Lunatic asylums United Provinces 1909-1921 - 1909-1921
Year: 1909
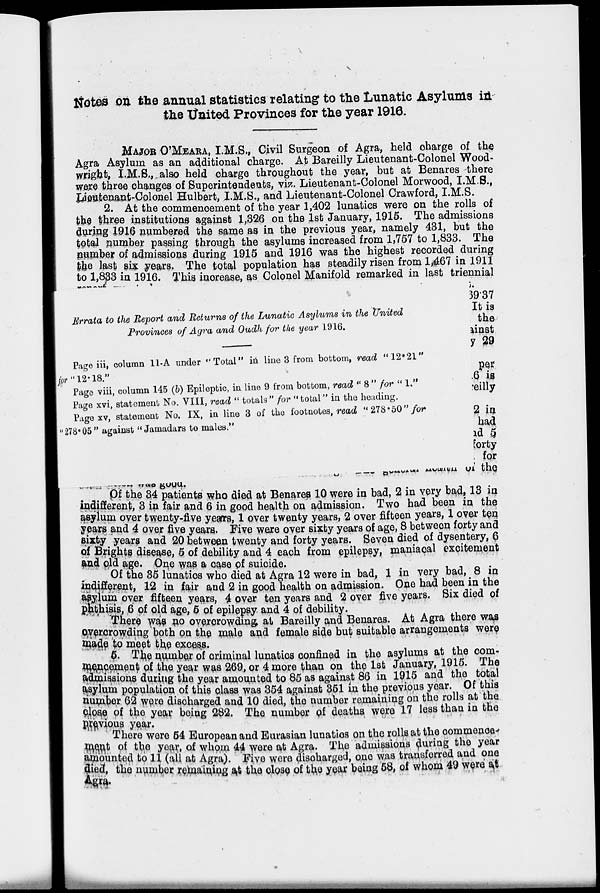
Notes on the annual statistics relating to tlie Lunatic Asylums ill
the "tfnitea Provinces for tlie year 1916.
MAJOB O'MEAEA, I.M.S., Civil Surgeon of Agra, held charge of the
Agra Asylum as an additional charge. At Bareilly Lieutenant-Colonel Wood-
wright, I.M.S., also held charge throughout the year, but at Benares there
we*e three changes of Superintendents, viz. Lieutenant-Colonel Morwood, I.M.B.,
Lieutenant-Colonel Hulbert, I.M.S., and Lieutenant-Colonel Crawford, I.M.b.
2. At the oommenoement of the year 1,402 lunatics were on the rolls oi
the tee institutions against 1,326 on the 1st January, 1915. The admissions
during 1916 numbered the same as in the previous year, namely 431, but the
total number passing through the asylums increased from 1,757 to l,QDp. -Lna
number of admissions during 1915 and 1916 was the highest recorded .during
the last six years. The total population has steadily risen from 1467 in 1J11
to 1,833 in 1916. This increase, as Colonel Manifold remarked in last triennial
\
Errata to the Report and Returns of the Lunatic Asylums in the "United
Provinces of Agra and Oudh for the year 1916.
Page iii, column 11-A under "Total" in line 3 from bottom, read "12*21"
|/or"12'18."
Page viii, column 145 (6) Epileptic, in line 9 from bottom, read " 8 " for " 1."
Page xvi, statement No. VIII, read " totals" for "total" in the heading.
Page xv, statement No. IX, in line 3 of the footnotes, read " 278*50" for
"278 c 05" against " Jamadars to males."
—,r P w *i** *j.wcwiyu
3937
It is
the
linst
y 39
pe*
.6 is
reilly
2 in
ha,d
ad §
forty
. for
ui ! the.
pf the 34 patients who died at Benares 10 were in bad, 2 in very bad, 13 m
indifferent, 3 in fair and 6 in good health on admission. Two had been in the
asylum over twenty-five years, 1 over twenty years, 2 over fifteen years, 1 over ten
years and 4 over five years. Five were over sixty years of ag;e, 8 between forty and
sixty years and 20 between twenty and forty years. Seven died of dysentery, (p,
of Brights disease, 5 of debility and 4 each from epilepsy, mamaoal excitement
and pld age. One was a case pf suicide.
, ,
.
Of the 35 lunatios who died at Agra 12 were in bad, 1 in very bad, 8 in
indifferent, 12 in fair and 2 in good health on admission. One had been in tne
apyium over fifteen years, 4 over ten years and 2 over five years. Six died of
plathisis, 6 of old age, 5 of epilepsy and 4 of debility.
There was no overorowdin& at Bareilly and Benares. At Agra there was
overcrowding both ou the male and female side but suitable arrangements were
made \o meet th,e excess.
,
4 ...
5. Tr^e number of criminal lunatics confined in the asylums at the com-
xnencemenf of the year was 269, or 4 more than on the 1st January, lJlo. JUM
admissions' during the year amounted to 85 as against 86 in 1915 and tne total
asylum population of this class was 354 against 351 in the previous year. UlfUl
number 62 were discharged and 10 died, the number remaining on the rolls at cue
close of the year being 282. The number pf deaths were 17 less than in tne
previous year.
.
There were 64 European and Eurasian lunatios on the rolls at the commence-
ment of the year, of whom 44 were at Agra. The admissions during the year
amounted to 11 (all at Agra,). Five wore disohargod, ono was transferred, ana one
flied, the number regaining at the close of tl*o year being 58, of whom 49 were w